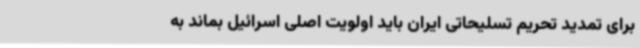
برای تمدید تحریم تسلیحاتی ایران باید اولویت اصلی اسرائیل بماند به